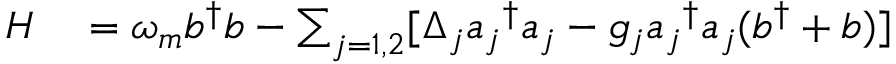
\begin{array} { r l } { H } & { { } = \omega _ { m } b ^ { \dagger } b - \sum _ { j = 1 , 2 } [ \Delta _ { j } { a _ { j } } ^ { \dagger } a _ { j } - g _ { j } { a _ { j } } ^ { \dagger } a _ { j } ( b ^ { \dagger } + b ) ] } \end{array}